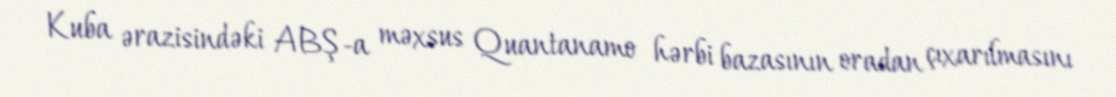
Kuba ərazisindəki ABŞ-a məxsus Quantanamo hərbi bazasının oradan çıxarılmasını